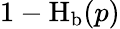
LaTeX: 1-\operatorname{H}_{\mathrm{b}}(p)